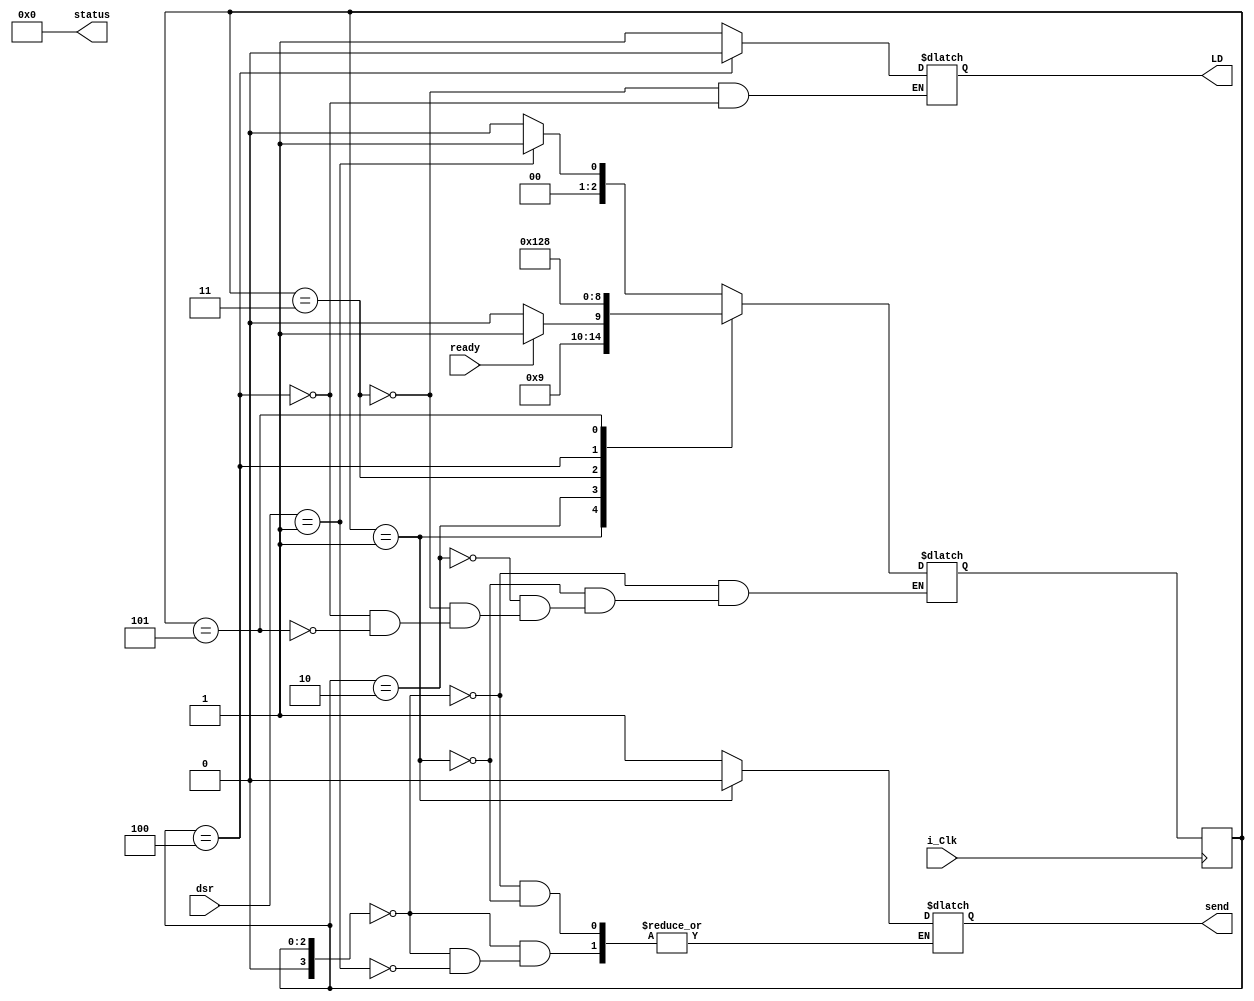
module OUTPUT(input i_Clk,
              input [15:0] dsr,
              input ready,
              output reg send = 1,
              output reg [15:0] status = 16'h0000,
              output reg LD = 0);
    
    reg [3:0] cstate = 0;
    reg [3:0] nstate = 0;
    
    
    always@(cstate, dsr, ready)
        begin
            case(cstate)
            0:
                if(dsr == 1) begin send = 1; nstate = 1; end
                else nstate = 0;
            1:
                begin send = 0; nstate = 2; end
            2:
                if(!ready)  nstate = 2;
                else nstate = 3;
            3:
                begin LD = 1; nstate = 4; end
            4:
                begin LD = 0; nstate = 5; end
            5:
                nstate = 0;
                  
            endcase
        end
        
    always@(posedge i_Clk)
        begin
            cstate <= nstate;
        end
    

endmodule